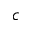
c